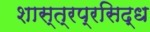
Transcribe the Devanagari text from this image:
शास्त्रप्रसिद्ध